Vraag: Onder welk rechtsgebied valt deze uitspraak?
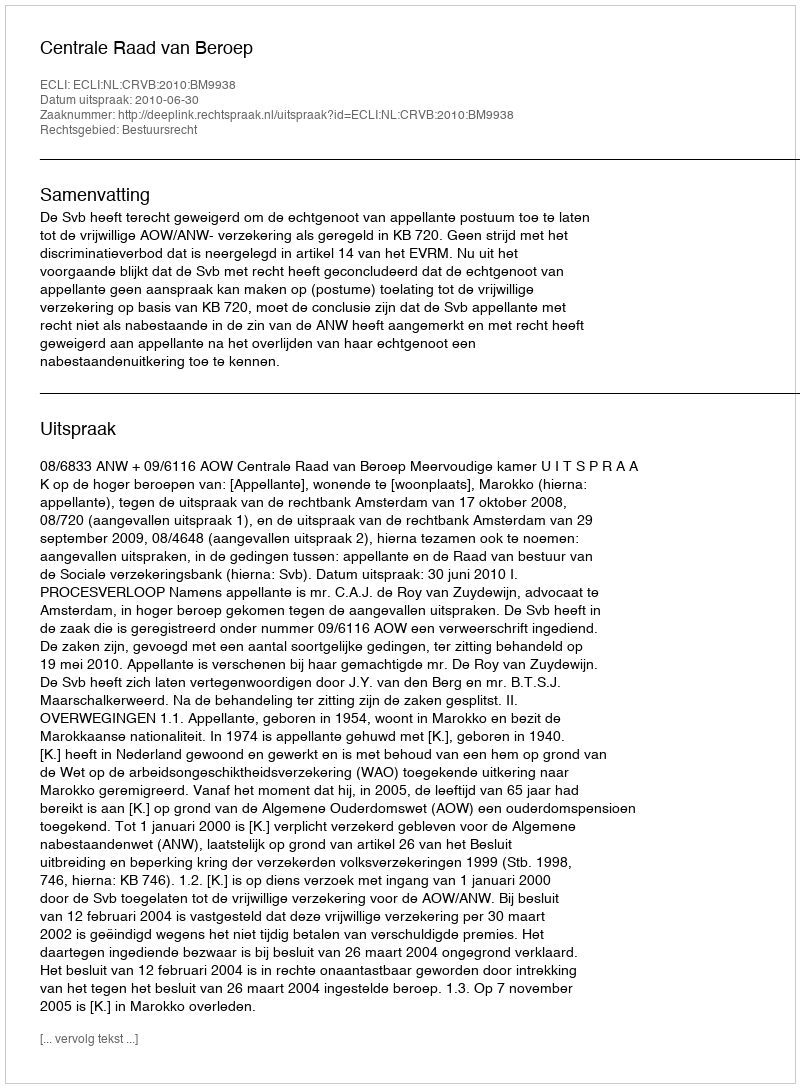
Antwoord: Bestuursrecht